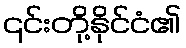
၎င်းတို့နိုင်ငံ၏